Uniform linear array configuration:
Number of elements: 16
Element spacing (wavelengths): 1
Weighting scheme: exponential
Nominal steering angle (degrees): -30
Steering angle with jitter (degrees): -31.084
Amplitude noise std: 0.05
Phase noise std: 0.05

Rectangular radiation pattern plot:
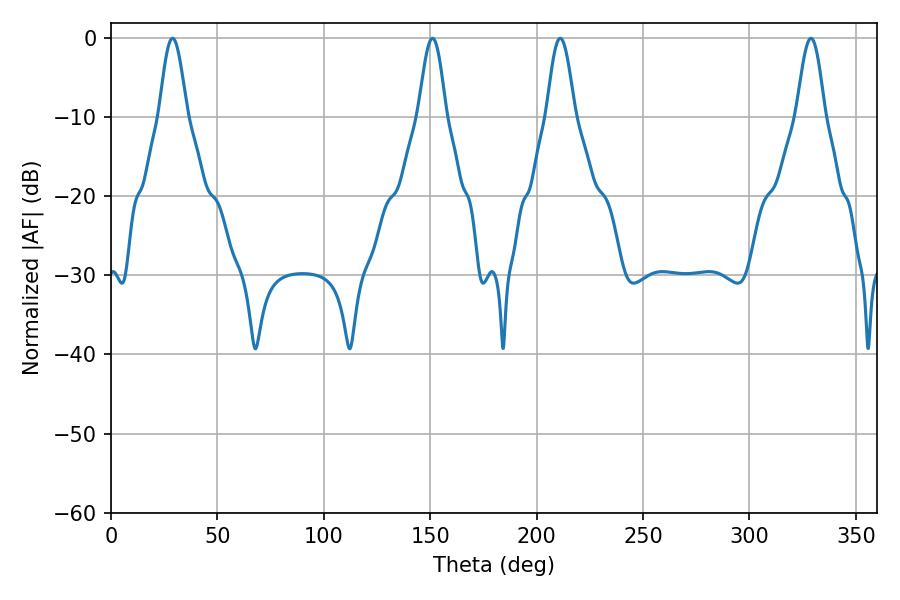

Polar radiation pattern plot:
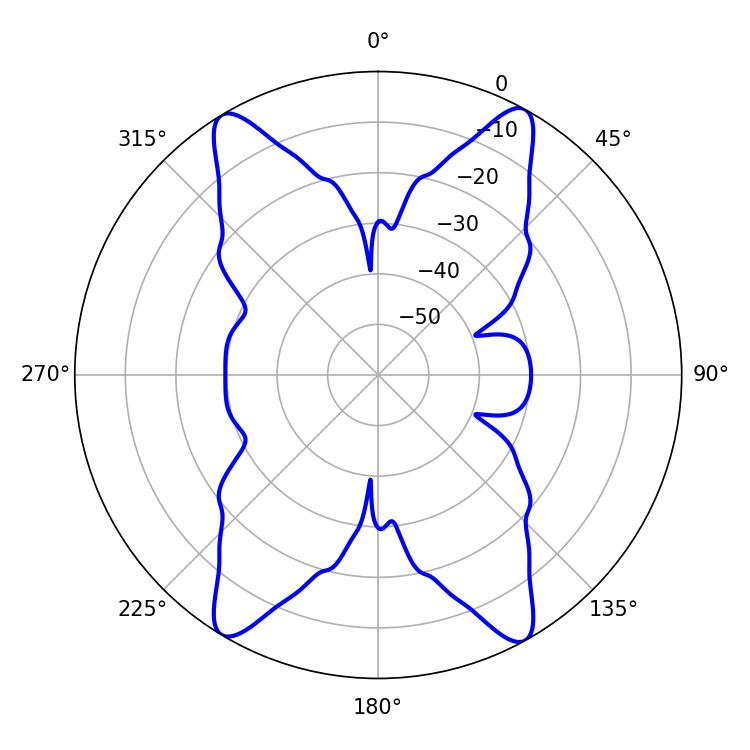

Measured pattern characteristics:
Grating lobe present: TRUE
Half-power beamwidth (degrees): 7.2
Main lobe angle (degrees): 211.14